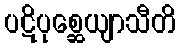
ပဋိပုစ္ဆေယျာသီတိ